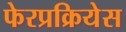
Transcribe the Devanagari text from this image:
फेरप्रक्रियेस